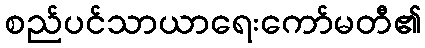
စည်ပင်သာယာရေးကော်မတီ၏